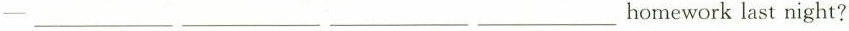
一___ ___ ___ ___homework last night?